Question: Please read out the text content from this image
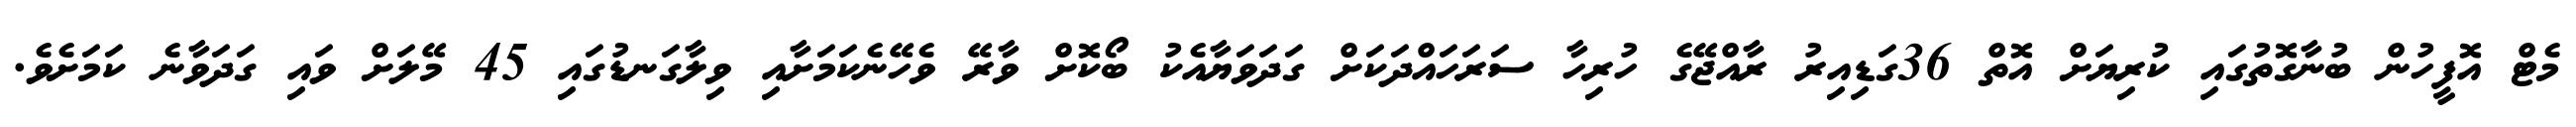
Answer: މެޓް އޮފީހުން ބުނާގޮތުގައި ކުރިޔަށް އޮތް 36ގަޑިއިރު ރާއްޖޭގެ ހުރިހާ ސަރަހައްދަކަށް ގަދަވަޔާއެކު ބޯކޮށް ވާރޭ ވެހޭނެކަމަށާއި ވިލާގަނޑުގައި 45 މޭލަށް ވައި ގަދަވާނެ ކަމަށެވެ.